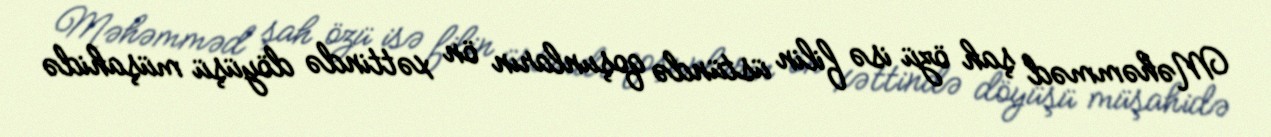
Məhəmməd şah özü isə filin üstündə qoşunların ön xəttində döyüşü müşahidə